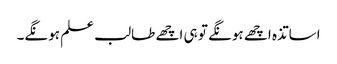
اساتذہ اچھے ہونگے تو ہی اچھے طالب علم ہونگے۔